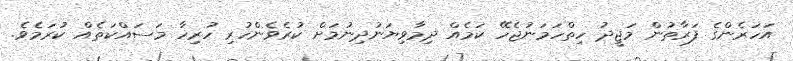
އަހަރެންގެ ފަރާތުން މަޖީދު ހިތްހަމަނުޖެހޭ ކަމެއް ދިމާވިޔަނުދިނުމަށް ކުރެވެންހުރި ހުރިހާ މަސައްކަތެއް ކުރަމެވެ.